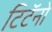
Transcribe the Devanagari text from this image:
टिटॅनो